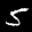
Label: 5